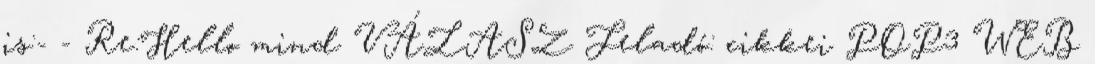
is:- - Re:Hello mind VÁLASZ Feladó: cikkei POP3 WEB